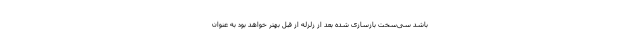
باشد سی‌سخت بازسازی شده بعد از زلزله از قبل بهتر خواهد بود به عنوان